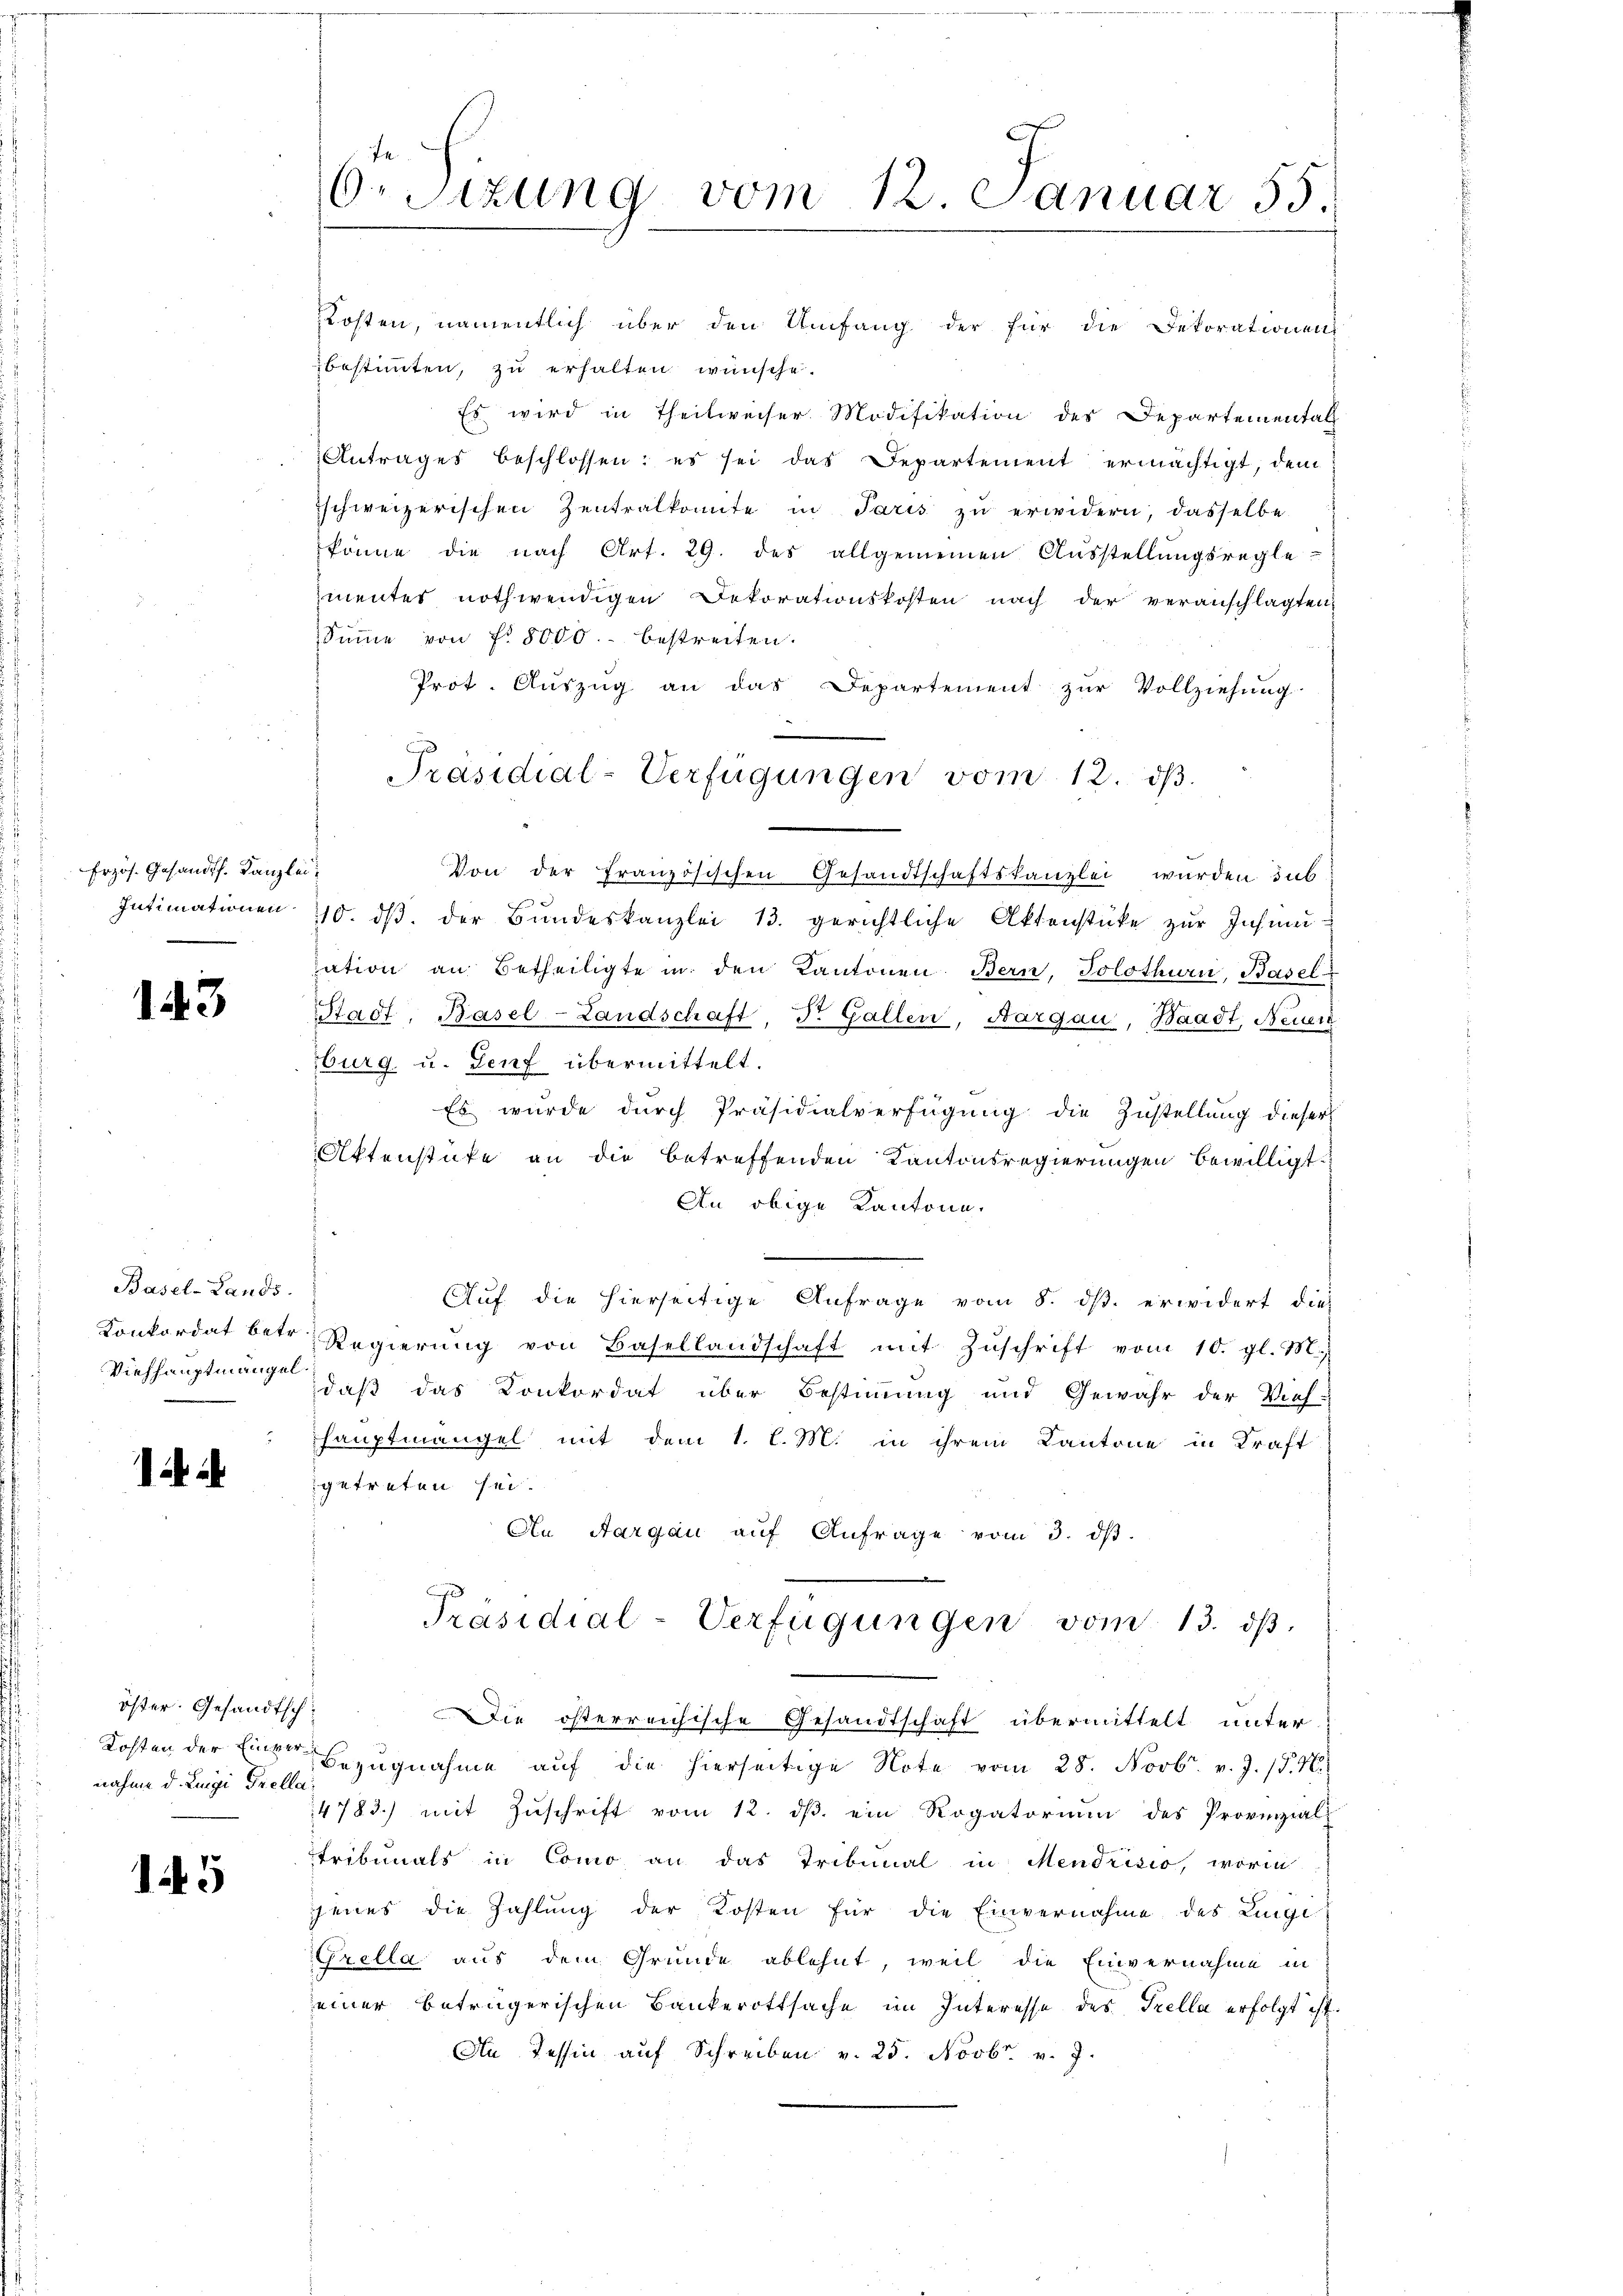
Erzös. Gesandts. Kanzlei
Intimationen

143

Basel-Lands

öster. Gesandtschnahme d. Luigi Grella

145

O.Sizung vom 12. Januar 55.

Kosten, namentlich über den Umfang der für die Dekorationen
bestimmten, zu erhalten wünsche.
Es wird in Theilweiser Modifikation des Departemental
Antrages beschlossen; es sei das Departement ermächtigt, dem
schweizerischen Zentralkomite in Paris zu erwidern, dasselbe
könne die nach Art. 29. des allgemeinen Aŭsstellŭngsregle-
mentes nothwendigen Dekorationskosten nach der veranschlagten
Summe von fr. 8000.- bestreiten.
Prot. Auszug an das Departement zur Vollziehung.
Von der Französischen Gesandtschaftskanzlei wurden sub
10. dβ der Bŭndeskanzlei 13. gerichtliche Aktenstüke zŭr Insination an Betheiligte in den Kantonen. Bern, Solothurn, Basel-
Stadt, Basel-Landschaft, St. Gallen, Aargau, Waadt, Neuer
burg u. Genf übermittelt.
Es wurde durch Präsidialverfügung die Zustellung dieser
Aktenstüke an die betreffenden Kantonsregierungen bewilligt.
An obige Kantone.
n
Auf die hierseitige Anfrage vom 8. ds. erwidert dies
Konkordat betr. Regierŭng von Basellandschaft mit Zŭschrift vom 10. gl. M.
Viehhauptmangen, daß das Konkordat über Bestimmung und Gewähr der Viehhauptmangel mit dem 1. l. M. in ihrem Kantone in Kraft
getreten sei.
An Aargau aŭf Anfrage vom 3. dβ.
d
Präsidial-Verfügungen vom 13. dβ.
Die österreichische Gesandtschaft übermittelt unter
Kosten der Eine Bezugnahme aŭf die hierseitige Note vom 28. Novbr. v. J. /. M.
4783.) mit Zŭschrift vom 12. dβ ein Rogatorium des Provinzial-
tribunals in Como an das Tribunal in Mendrisio, worin
jenes die Zahlung der Kosten für die Einvernahme des Lingi
Grella aus dem Grunde ablehnt, weil die Einvernahme in
einer betrügerischen Bankerottsache im Interesse des Trella erfolgt ist.
An Tessin auf Schreiben v. 25. Novbr. v. J.

Präsidial-Verfügungen vom 12. dβ.